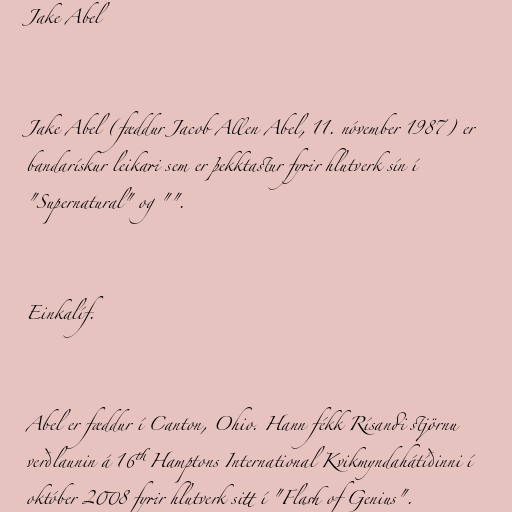
Jake Abel

Jake Abel (fæddur Jacob Allen Abel, 11. nóvember 1987) er
bandarískur leikari sem er þekktastur fyrir hlutverk sín í
"Supernatural" og "".

Einkalíf.

Abel er fæddur í Canton, Ohio. Hann fékk Rísandi stjörnu
verðlaunin á 16th Hamptons International Kvikmyndahátíðinni í
október 2008 fyrir hlutverk sitt í "Flash of Genius".